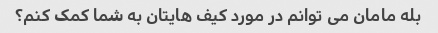
بله مامان می توانم در مورد کیف هایتان به شما کمک کنم؟